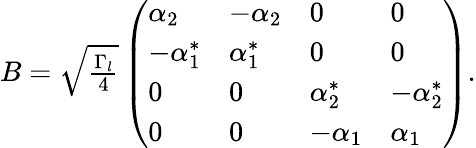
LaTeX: \begin{array}{r}{B=\sqrt{\frac{\Gamma_{l}}{4}}\left(\begin{array}{llll}{\alpha_{2}}&{-\alpha_{2}}&{0}&{0}\\ {-\alpha_{1}^{*}}&{\alpha_{1}^{*}}&{0}&{0}\\ {0}&{0}&{\alpha_{2}^{*}}&{-\alpha_{2}^{*}}\\ {0}&{0}&{-\alpha_{1}}&{\alpha_{1}}\end{array}\right).}\end{array}